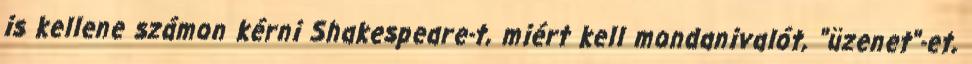
is kellene számon kérni Shakespeare-t, miért kell mondanivalót, "üzenet"-et,